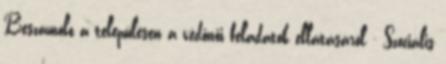
Beszámoló a településen a védőnői feladatok ellátásáról - Szociális